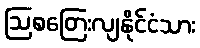
ဩစတြေးလျနိုင်ငံသား